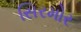
સિરમોર